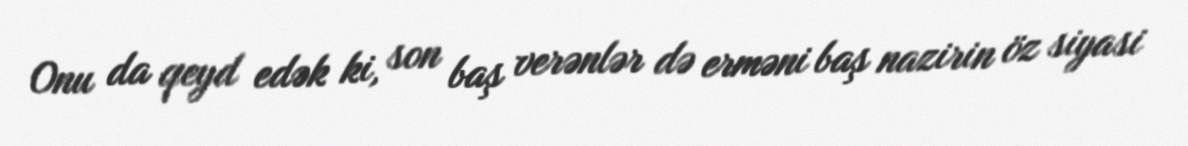
Onu da qeyd edək ki, son baş verənlər də erməni baş nazirin öz siyasi